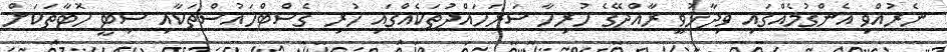
ނެރުއްވި އެންގުމެއްގައި ވިދާޅުވީ ރާއްޖޭގެ ހުރިހާ ސަރަހައްދުތަކެއްގައި ހުރި ގެސްޓްހައުސްތަކާއި ސިޓީ ހޮޓާތަކަށް